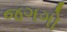
જગગો